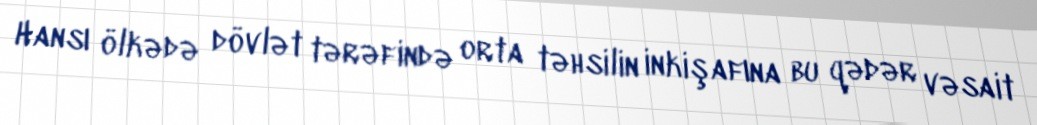
Hansı ölkədə dövlət tərəfində orta təhsilin inkişafına bu qədər vəsait